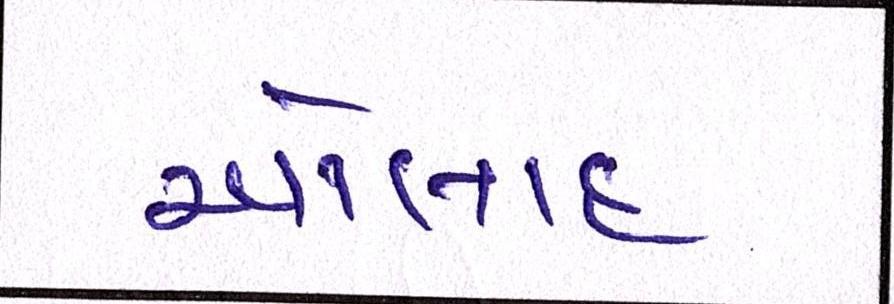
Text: ઓલાદ